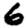
Digit: 6